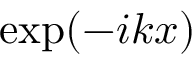
\exp ( - i k x )